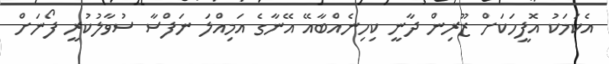
އެކަމަކު އޮފީހަކަށް ޒޫރިން ދާނީ ކިހިނެއްބާއޭ އޭނާގެ އަމިއްލަ ނަފްސާ ސުވާލުކުރީ ފޯނަށް